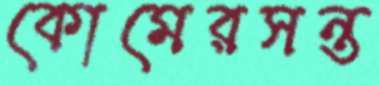
কোমেরসন্ত